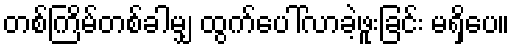
တစ်ကြိမ်တစ်ခါမျှ ထွက်ပေါ်လာခဲ့ဖူးခြင်း မရှိပေ။